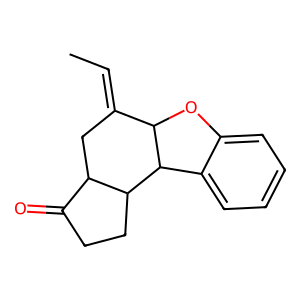
SMILES: CC=C1CC2C(=O)CCC2C2c3ccccc3OC12
Inhibits HIV replication: No